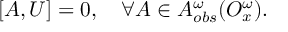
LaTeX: [ A , { \cal U } ] = 0 , ~ ~ ~ \forall A \in { \cal A } _ { o b s } ^ { \omega } ( { \cal O } _ { x } ^ { \omega } ) .